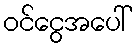
ဝင်ငွေအပေါ်